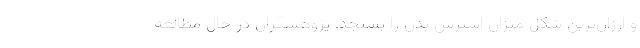
و ارزان‌ترین شکل میزان استرس بدن را بسنجد. پژوهشگران در حال مطالعه